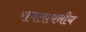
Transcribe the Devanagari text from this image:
रामतापनीय